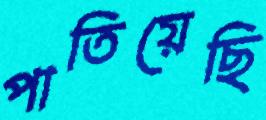
পাতিয়েছি